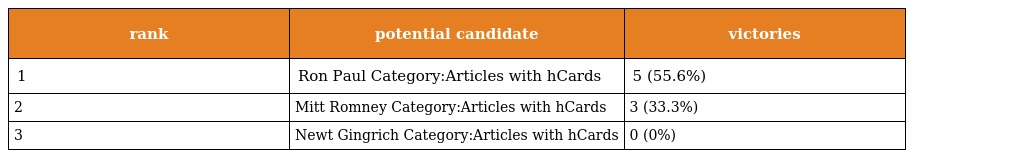
| rank | potential candidate | victories |
 | --- | --- | --- |
 | 1 | Ron Paul Category:Articles with hCards | 5 (55.6%) |
 | 2 | Mitt Romney Category:Articles with hCards | 3 (33.3%) |
 | 3 | Newt Gingrich Category:Articles with hCards | 0 (0%) |